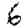
Digit: 6